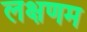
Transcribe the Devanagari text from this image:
लक्षणम